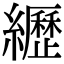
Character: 𦇔